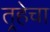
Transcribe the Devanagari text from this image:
तर्‍हेचा